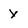
Character: Y